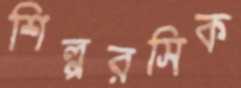
শিল্পরসিক